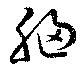
胸